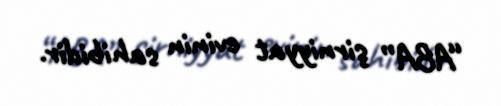
“ABA” şirniyyat evinin sahibidir.